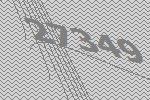
27349